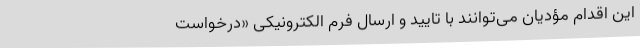
این اقدام مؤدیان می‌توانند با تایید و ارسال فرم الکترونیکی «درخواست